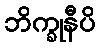
ဘိက္ခုနီပိ